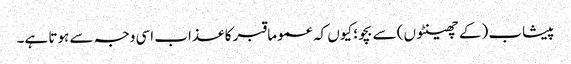
پیشاب (کے چھینٹوں) سے بچو؛ کیوں کہ عموما قبر کا عذاب اسی وجہ سے ہوتا ہے۔